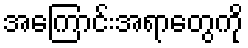
အကြောင်းအရာတွေကို